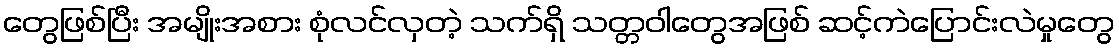
တွေဖြစ်ပြီး အမျိုးအစား စုံလင်လှတဲ့ သက်ရှိ သတ္တဝါတွေအဖြစ် ဆင့်ကဲပြောင်းလဲမှုတွေ